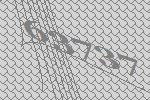
63737